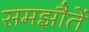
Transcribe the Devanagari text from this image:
समझौतें